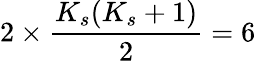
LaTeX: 2\times\frac{K_{s}(K_{s}+1)}{2}=6